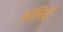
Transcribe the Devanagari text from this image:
कोलिब्री